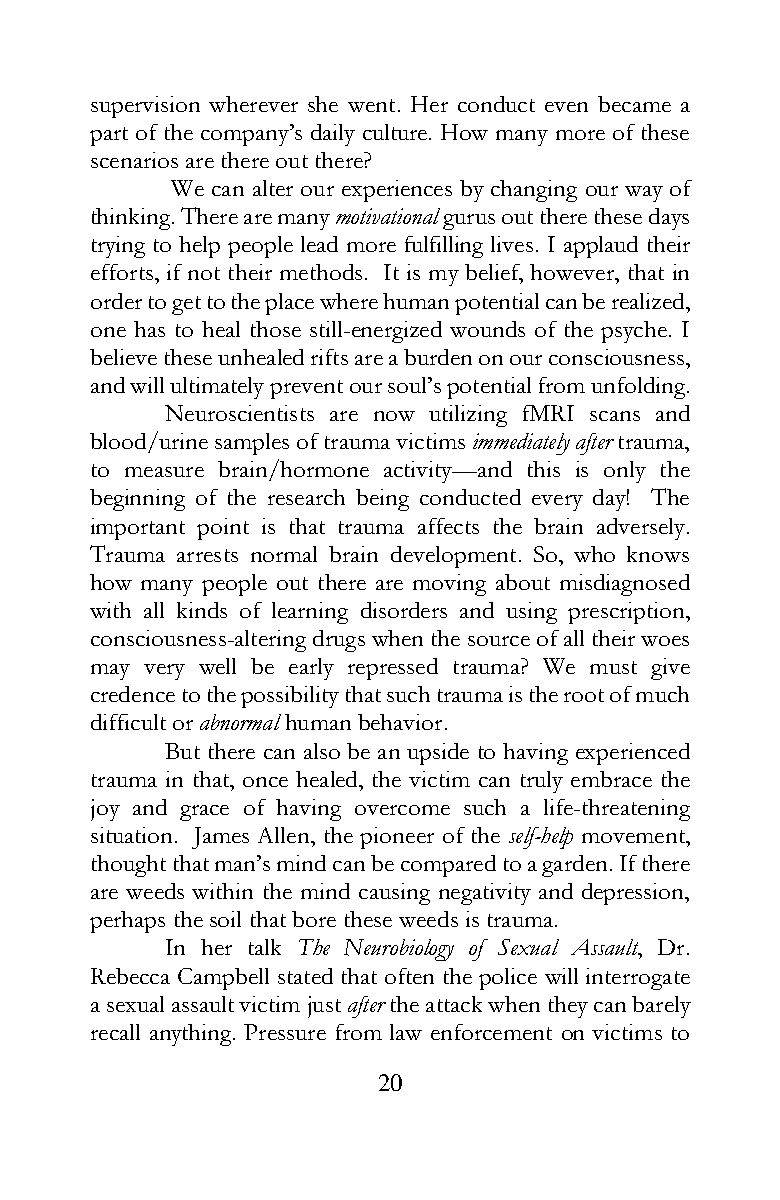
supervision wherever she went. Her conduct even became a
 part of the company’s daily culture. How many more of these
 scenarios are there out there?
 We can alter our experiences by changing our way of
 thinking. There are many motivational gurus out there these days
 trying to help people lead more fulfilling lives. I applaud their
 efforts, if not their methods. It is my belief, however, that in
 order to get to the place where human potential can be realized,
 one has to heal those still-energized wounds of the psyche. I
 believe these unhealed rifts are a burden on our consciousness,
 and will ultimately prevent our soul’s potential from unfolding.
 Neuroscientists are now utilizing fMRI scans and
 blood/urine samples of trauma victims immediately after trauma,
 to measure brain/hormone activity—and this is only the
 beginning of the research being conducted every day! The
 important point is that trauma affects the brain adversely.
 Trauma arrests normal brain development. So, who knows
 how many people out there are moving about misdiagnosed
 with all kinds of learning disorders and using prescription,
 consciousness-altering drugs when the source of all their woes
 may very well be early repressed trauma? We must give
 credence to the possibility that such trauma is the root of much
 difficult or abnormal human behavior.
 But there can also be an upside to having experienced
 trauma in that, once healed, the victim can truly embrace the
 joy and grace of having overcome such a life-threatening
 situation. James Allen, the pioneer of the self-help movement,
 thought that man’s mind can be compared to a garden. If there
 are weeds within the mind causing negativity and depression,
 perhaps the soil that bore these weeds is trauma.
 In her talk The Neurobiology of Sexual Assault, Dr.
 Rebecca Campbell stated that often the police will interrogate
 a sexual assault victim just after the attack when they can barely
 recall anything. Pressure from law enforcement on victims to
 20